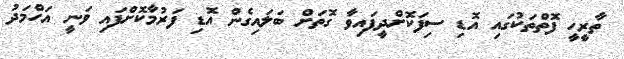
ތާރީހީ ފޮތްތަކުގައި އޮޑި ސިފަކޮށްދީފައިވާ ގޮތަށް ބަލައިގެން އޮޑި ފަރުމާކޮށްފައި ވަނީ އަހްމަދު